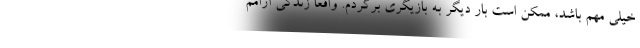
خیلی مهم باشد، ممکن است بار دیگر به بازیگری برگردم. واقعا زندگی آرامم